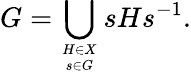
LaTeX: G=\bigcup_{H\in X\atop s\in G}sHs^{-1}.